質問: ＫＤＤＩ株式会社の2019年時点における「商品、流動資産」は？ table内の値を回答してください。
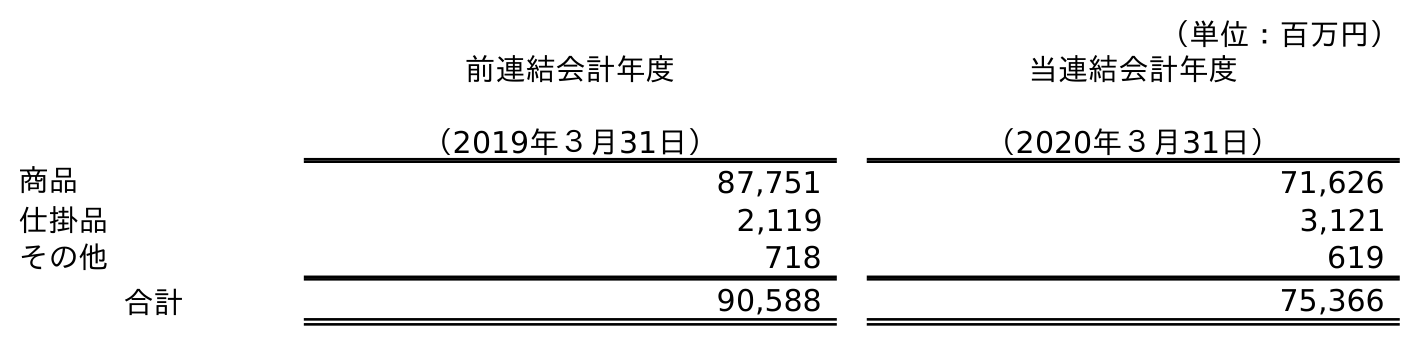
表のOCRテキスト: （単位：百万円） 前連結会計年度 （2019年３月31日） 当連結会計年度 （2020年３月31日） 商品 87,751 71,626 仕掛品 2,119 3,121 その他 718 619 合計 90,588 75,366
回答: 87,751